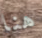
هنا